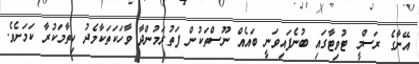
އޭނާގެ ރަސްމީ ޓުވިޓާގައި ބުނެފައިވަނީ ބައެއް ނޫސްތަކުން ފަތުރަމުންދާ ވާހަކަތަކާމެދު ހިތާމަކުރާ ކަމަށެވެ.